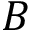
B